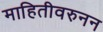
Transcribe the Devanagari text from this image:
माहितीवरुनन